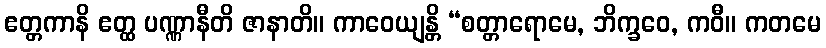
ဧတ္တကာနိ ဧတ္ထ ပဏ္ဏာနီတိ ဇာနာတိ။ ကာဝေယျန္တိ “စတ္တာရောမေ, ဘိက္ခဝေ, ကဝီ။ ကတမေ